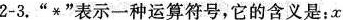
2-3.“*”表示一种运算符号，它的含义是：x